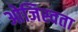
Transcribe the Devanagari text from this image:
ओजिस्वता